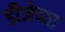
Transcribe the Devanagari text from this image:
डीजेच्या